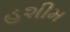
હશીમ